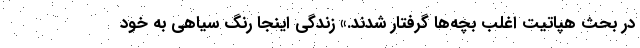
در بحث هپاتیت اغلب بچه‌ها گرفتار شدند.» زندگی اینجا رنگ سیاهی به خود